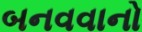
બનવવાનો